Report of the Municipal Commissioner on the plague in Bombay for the year ending 31st May... - Volume 3
Disease focus: Plague
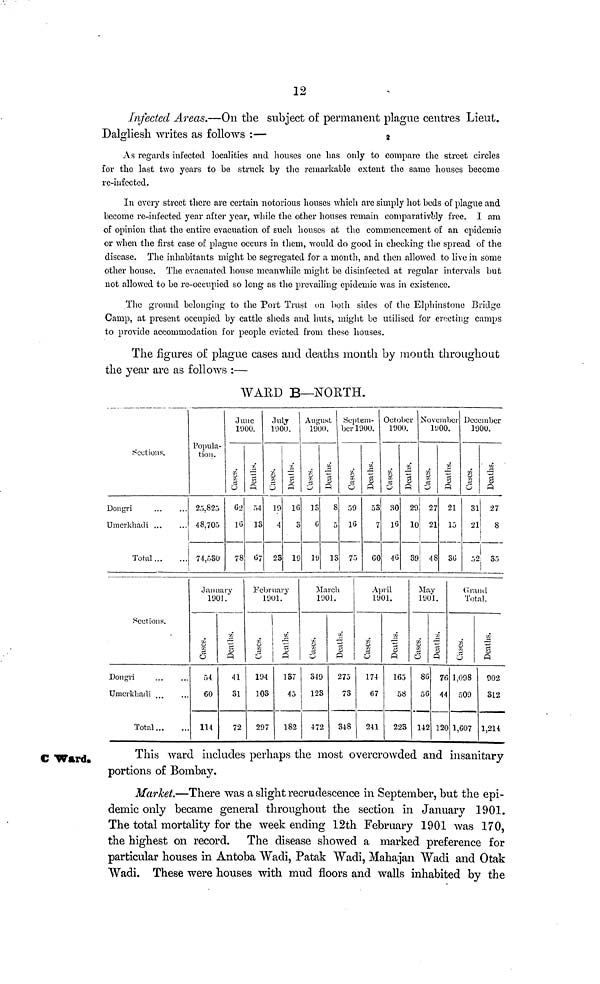
12
Infected Areas.—On the subject of permanent plague centres Lieut.
Dalgliesh writes as follows :—
As regards infected localities and houses one has only to compare the street circles
£or the last two years to be struck by the remarkable extent the same houses become
re-infected.
In every street there are certain notorious houses which are simply hot beds of plague and
become re-infected year after year, while the other houses remain comparatively free. I am
of opinion that the entire evacuation of such houses at the commencement of an epidemic
or when the first case of plague occurs in them, would do good in checking the spread of the
disease. The inhabitants might be segregated for a month, and then allowed to live in some
other house. The evacuated house meanwhile might be disinfected at regular intervals but
not allowed to be re-occupied so long as the prevailing epidemic was in existence.
The ground belonging to the Port Trust on both sides of the Elphinstone Bridge
Camp, at present occupied by cattle sheds and huts, might be utilised for erecting camps
to provide accommodation for people evicted from these houses.
The figures of plague cases and deaths month by month throughout
the year are as follows :—
WARD B—NORTH.
Sections,
Dongri
Umerkhadi ...
Total
Popula-
tion.
25,823
48.705
74,530
June
1000.
Cases
62
16
78
Deaths
54
13
67
July
1900.
Cases
19
4
23
Deaths
16
3
19
August
1000.
Cases
13
G
19
Deaths
8
5
13
Septem-
ber 1900.
Cases
59
16
75
Deaths
53
7
GO
October
1900.
Cases
30
16
46
Deaths
29
10
39
November
1900.
Cases
27
21
48
Deaths
21
15
3G
December
1900.
Cases
31
21
52
Deaths
27
8
35
Sections.
Dongri
Umerkhadi
Total
January
1901.
Cases
54
60
114
Deaths
41
31
72
February
1901.
Cases
194
103
297
Deaths
137
45
182
March
1901.
Cases
349
123
472
Deaths
275
73
348
April
1901.
Cases
174
67
241
Deaths
165
58
223
May
1901.
Cases
86
56
142
Deaths
76
44
120
Grand
Total.
Cases
1.098
509
1,607
Deaths
902
312
1,214
C Ward.
This ward includes perhaps the most overcrowded and insanitary
portions o£ Bombay.
Market.—There was a slight recrudescence in September, but the epi-
demic only became general throughout the section in January 1901.
The total mortality for the week ending 12th February 1901 was 170,
the highest on record. The disease showed a marked preference for
particular houses in Antoba Wadi, Patak Wadi, Mahajan Wadi and Otak
Wadi. These were houses with mud floors and walls inhabited by the